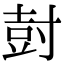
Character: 尌